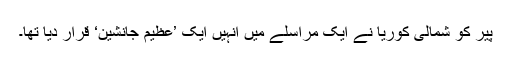
پیر کو شمالی کوریا نے ایک مراسلے میں انہیں ایک ’عظیم جانشین‘ قرار دیا تھا۔